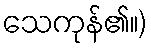
သေကုန်၏။)